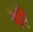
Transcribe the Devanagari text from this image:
षों